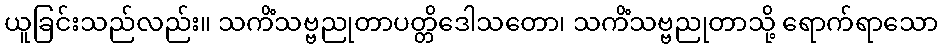
ယူခြင်းသည်လည်း။ သကိံသဗ္ဗညုတာပတ္တိဒေါသတော၊ သကိံသဗ္ဗညုတာသို့ ရောက်ရာသော